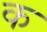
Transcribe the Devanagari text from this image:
कॢ